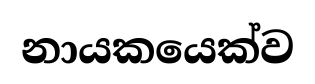
නායකයෙක්ව